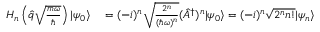
\begin{array} { r l } { H _ { n } \left( \hat { q } \sqrt { \frac { m \omega } { \hbar } } \right) | \psi _ { 0 } \rangle } & { { } = ( - i ) ^ { n } \sqrt { \frac { 2 ^ { n } } { ( \hbar \omega ) ^ { n } } } ( \hat { A } ^ { \dagger } ) ^ { n } | \psi _ { 0 } \rangle = ( - i ) ^ { n } \sqrt { 2 ^ { n } n ! } | \psi _ { n } \rangle } \end{array}